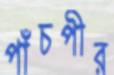
পাঁচপীর